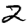
Digit: 2